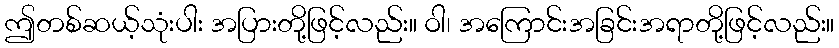
ဤတစ်ဆယ့်သုံးပါး အပြားတို့ဖြင့်လည်း။ ဝါ၊ အကြောင်းအခြင်းအရာတို့ဖြင့်လည်း။